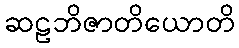
ဆဠဘိဇာတိယောတိ